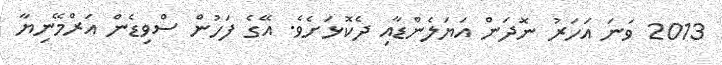
2013 ވަނަ އަހަރު ނޮދަން އަޔަލެންޑާއި ދެކޮޅަށެވެ. އޭގެ ފަހުން ސްވިޑެން އަރްމޭނިޔާ